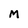
Character: M